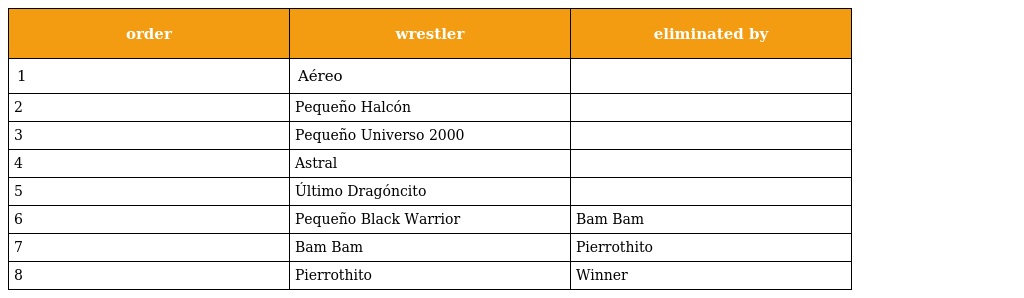
| order | wrestler | eliminated by |
 | --- | --- | --- |
 | 1 | Aéreo |  |
 | 2 | Pequeño Halcón |  |
 | 3 | Pequeño Universo 2000 |  |
 | 4 | Astral |  |
 | 5 | Último Dragóncito |  |
 | 6 | Pequeño Black Warrior | Bam Bam |
 | 7 | Bam Bam | Pierrothito |
 | 8 | Pierrothito | Winner |